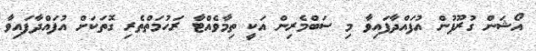
އޯޝަން ގުރޫޕުން އުފައްދާފައިވާ މި ސަބްމެރިން އަކީ ތިމާވެއްޓާ ރަހުމަތްތެރި ގޮތަކަށް އުފައްދާފައިވާ